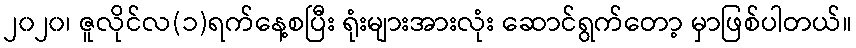
၂၀၂၀၊ ဇူလိုင်လ(၁)ရက်နေ့စပြီး ရုံးများအားလုံး ဆောင်ရွက်တော့ မှာဖြစ်ပါတယ်။